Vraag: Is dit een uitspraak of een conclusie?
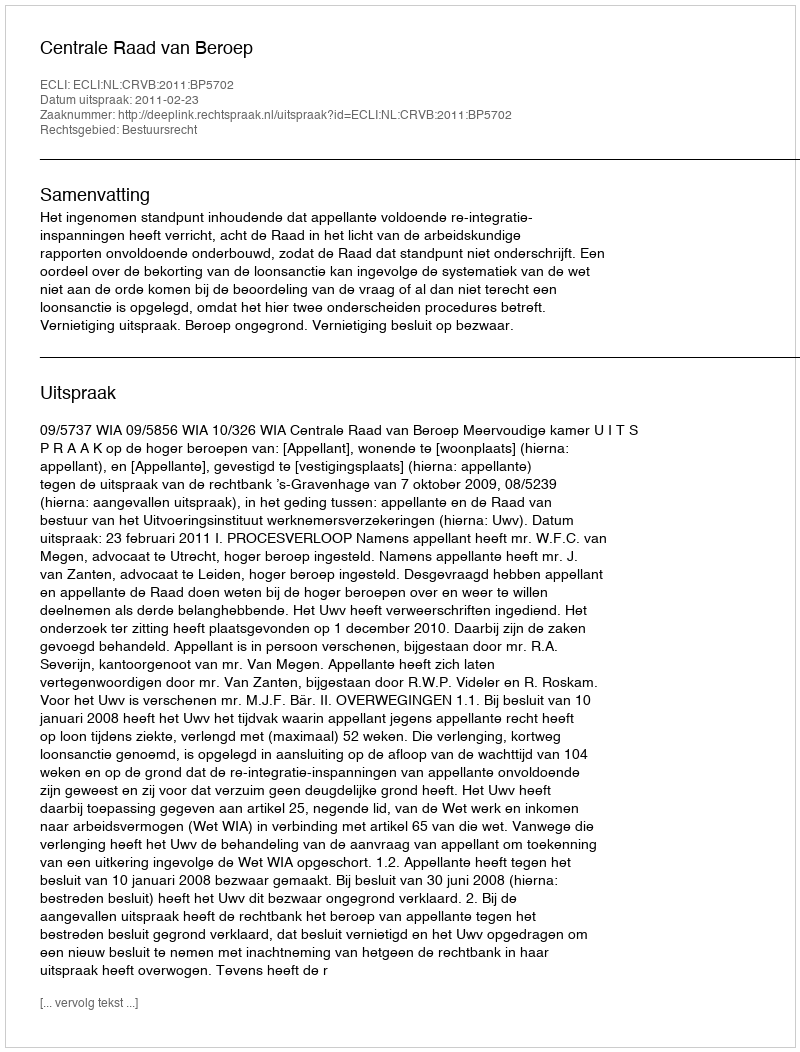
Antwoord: Uitspraak